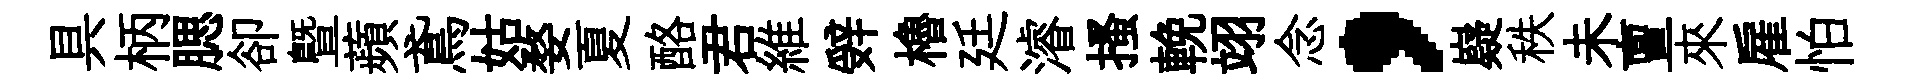
具柄腮卻曁蘋鳶姑婺夏酪君維辤櫓廷濬搔輓翊念，嶷秩未亶來雇怕